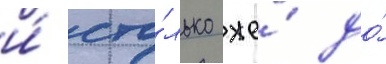
и́ сто́лько же́ до́